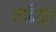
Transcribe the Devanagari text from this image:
सतिगुर